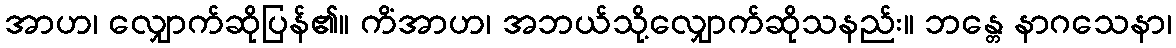
အာဟ၊ လျှောက်ဆိုပြန်၏။ ကိံအာဟ၊ အဘယ်သို့လျှောက်ဆိုသနည်း။ ဘန္တေ နာဂသေနာ၊